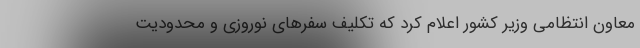
معاون انتظامی وزیر کشور اعلام کرد که تکلیف سفرهای نوروزی و محدودیت